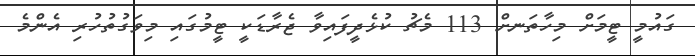
ގައުމީ ޓީމަށް މިހާތަނށް 113 މެޗު ކުޅެދީފައިވާ ޖެރާޑަކީ ޓީމުގައި މިވަގުތުހުރި އެންމެ